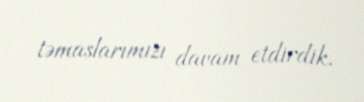
təmaslarımızı davam etdirdik.